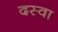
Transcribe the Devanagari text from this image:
दस्वा